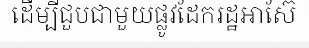
ដើម្បីជួបជាមួយផ្លូវដែករដ្ឋអាស៊ែ